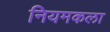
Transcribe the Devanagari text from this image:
नियमकला